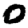
Digit: 0